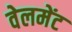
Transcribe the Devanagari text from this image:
वेलमेंट